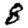
Digit: 8